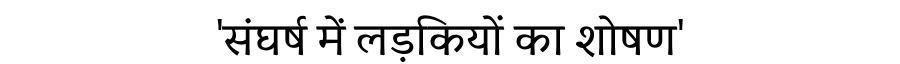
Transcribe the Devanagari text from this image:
'संघर्ष में लड़कियों का शोषण'